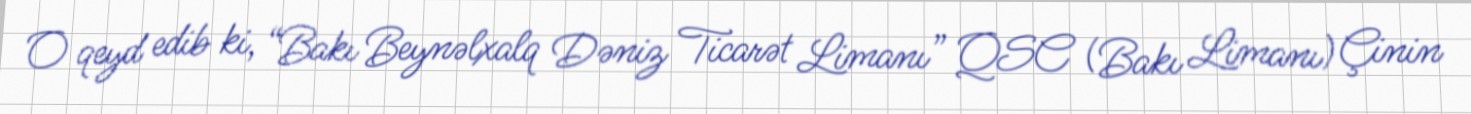
O qeyd edib ki, “Bakı Beynəlxalq Dəniz Ticarət Limanı” QSC (Bakı Limanı) Çinin